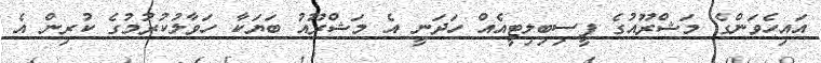
އައިހެވަންގެ މަޝްރޫއުގެ ފީސިބިލިޓީއެއް ހަދަނީ އެ މަޝްރޫއު ބަޔަކާ ހަވާލުކުުރުމުގެ ކުރިން އެ